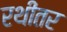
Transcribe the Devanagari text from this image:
रथीतर